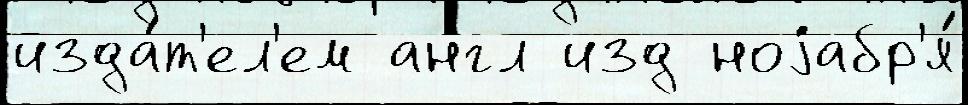
изда́т'ел'ем англ изд ноjабр'я́